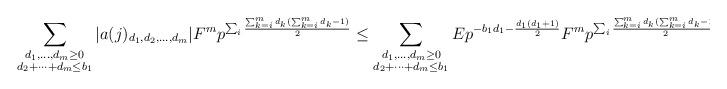
LaTeX: \begin{align*}&\sum_{\substack{d_1,\dots,d_m \geq 0\\d_2+\dots+d_m \leq b_1}} |a(j)_{d_1,d_2,\dots, d_m}| F^{m}p^{\sum_i \frac{\sum_{k=i}^{m}d_k (\sum_{k=i}^{m}d_k-1)}{2}} \leq \sum_{\substack{d_1,\dots,d_m \geq 0\\d_2+\dots+d_m \leq b_1}} E p^{-b_1 d_1 -\frac{d_1(d_1+1)}{2}} F^{m}p^{\sum_i \frac{\sum_{k=i}^{m}d_k (\sum_{k=i}^{m}d_k-1)}{2} } .\end{align*}